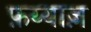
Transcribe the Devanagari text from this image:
फ़य्याज़